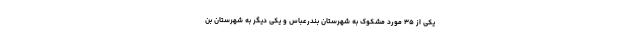
یکی از ۳۵ مورد مشکوک به شهرستان بندرعباس و یکی دیگر به شهرستان بن